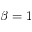
\beta = 1